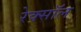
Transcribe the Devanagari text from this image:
रेक्सॉल